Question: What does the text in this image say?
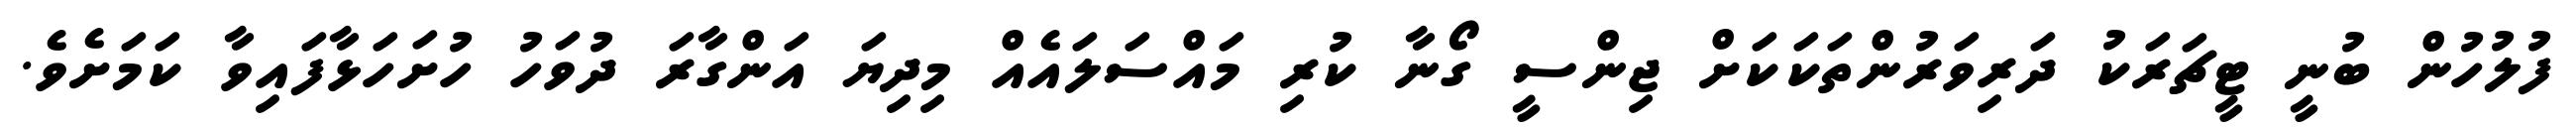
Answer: ފުލުހުން ބުނީ ޓީޗަރަކު ދަރިވަރުންތަކަކަށް ޖިންސީ ގޯނާ ކުރި މައްސަލައެއް މިދިޔަ އަންގާރަ ދުވަހު ހުށަހަޅާފައިވާ ކަމަށެވެ.